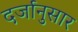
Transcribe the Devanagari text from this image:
दर्जानुसार